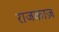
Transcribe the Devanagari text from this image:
राजकाज़